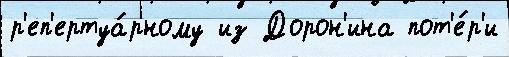
р'еп'ертуа́рному из Дорон'ина пот'е́р'и